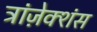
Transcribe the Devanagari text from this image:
ट्रांज़ेक्शंस